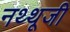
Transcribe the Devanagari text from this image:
नथ्थूजी